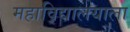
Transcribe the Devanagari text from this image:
महाविद्यालयाला